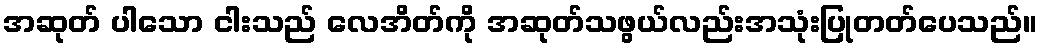
အဆုတ် ပါသော ငါးသည် လေအိတ်ကို အဆုတ်သဖွယ်လည်းအသုံးပြုတတ်ပေသည်။